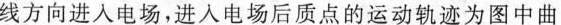
线方向进入电场，进入电场后质点的运动轨迹为图中曲